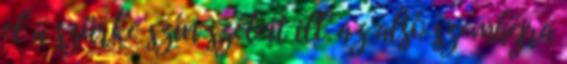
el a szürke szín széleit ill. az alsó szemhéjra